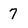
Character: 7